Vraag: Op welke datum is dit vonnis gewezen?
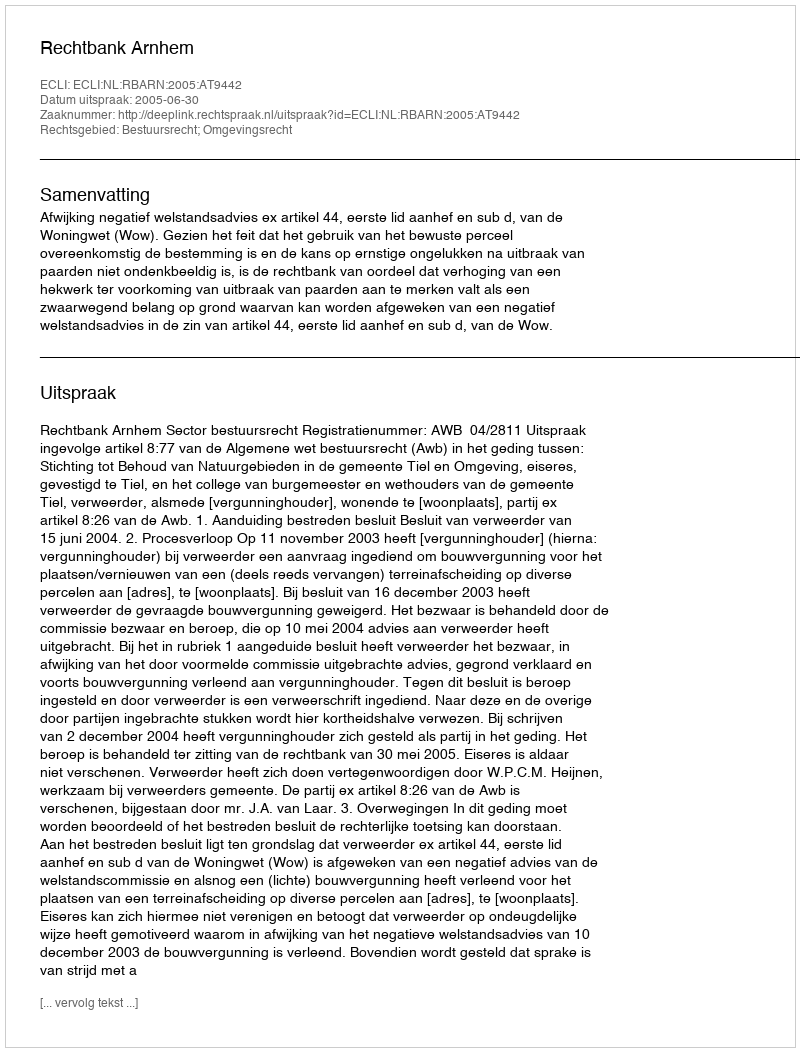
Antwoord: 2005-06-30